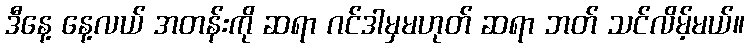
ဒီနေ့ နေ့လယ် အတန်းကို ဆရာ ဂင်ဒါမှမဟုတ် ဆရာ ဘတ် သင်လိမ့်မယ်။